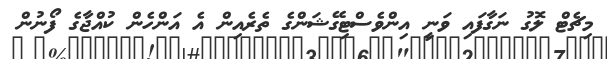
މިޗެޓް ލޮގު ނަގާފައި ވަނީ އިންވެސްޓިގޭޝަންގެ ތެރެއިން އެ އަންހެން ކުއްޖާގެ ފޯނުން